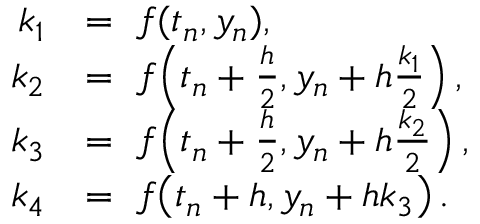
{ \begin{array} { r l } { k _ { 1 } } & { = \ f ( t _ { n } , y _ { n } ) , } \\ { k _ { 2 } } & { = \ f \! \left( t _ { n } + { \frac { h } { 2 } } , y _ { n } + h { \frac { k _ { 1 } } { 2 } } \right) , } \\ { k _ { 3 } } & { = \ f \! \left( t _ { n } + { \frac { h } { 2 } } , y _ { n } + h { \frac { k _ { 2 } } { 2 } } \right) , } \\ { k _ { 4 } } & { = \ f \! \left( t _ { n } + h , y _ { n } + h k _ { 3 } \right) . } \end{array} }